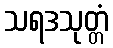
သရဒသုတ္တံ